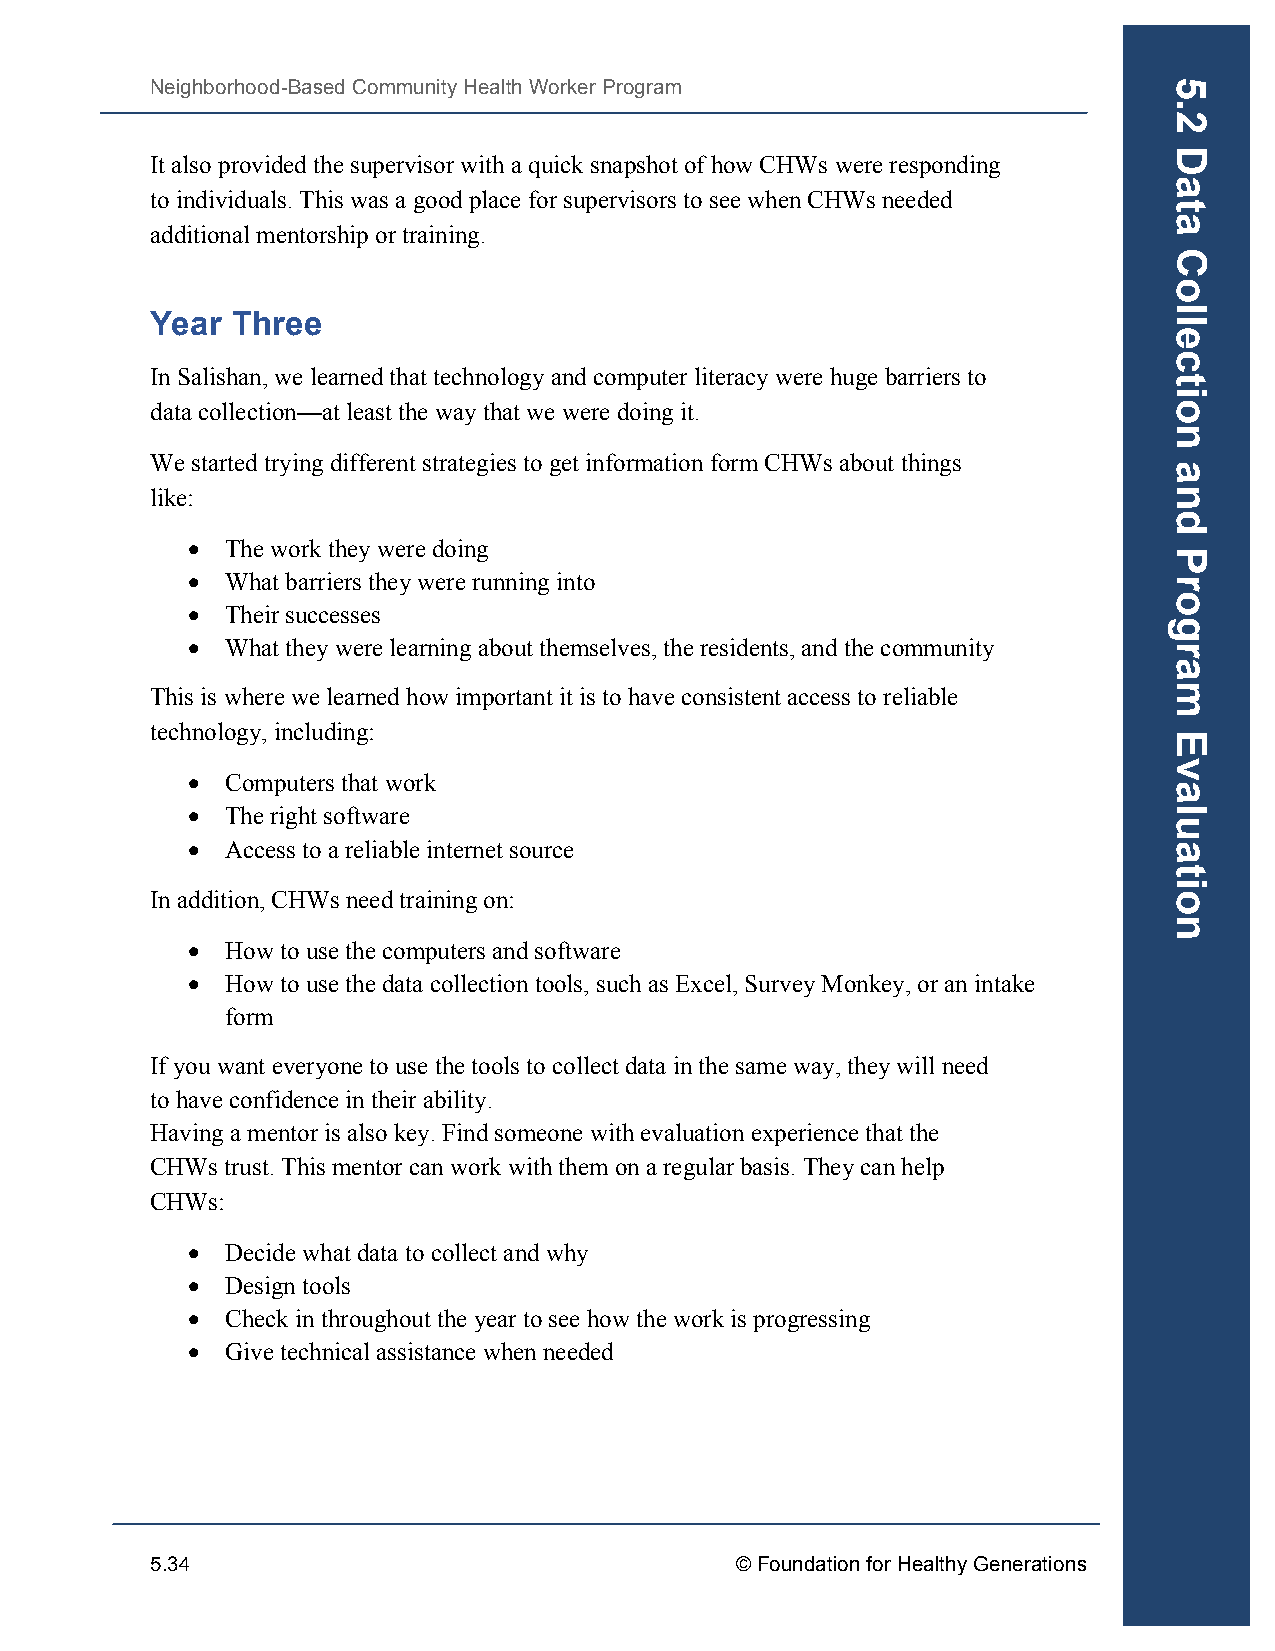
Neighborhood-Based Community Health Worker Program
 It also provided the supervisor with a quick snapshot of how CHWs were responding
 to individuals. This was a good place for supervisors to see when CHWs needed
 additional mentorship or training.
 Year Three
 In Salishan, we learned that technology and computer literacy were huge barriers to
 data collection—at least the way that we were doing it.
 We started trying different strategies to get information form CHWs about things
 like:
 •  The work they were doing
 •  What barriers they were running into
 •  Their successes
 •  What they were learning about themselves, the residents, and the community
 This is where we learned how important it is to have consistent access to reliable
 technology, including:
 •  Computers that work
 •  The right software
 •  Access to a reliable internet source
 In addition, CHWs need training on:
 •  How to use the computers and software
 •  How to use the data collection tools, such as Excel, Survey Monkey, or an intake
 form
 If you want everyone to use the tools to collect data in the same way, they will need
 to have confidence in their ability.
 Having a mentor is also key. Find someone with evaluation experience that the
 CHWs trust. This mentor can work with them on a regular basis. They can help
 CHWs:
 •  Decide what data to collect and why
 •  Design tools
 •  Check in throughout the year to see how the work is progressing
 •  Give technical assistance when needed
 5.34                                   © Foundation for Healthy Generations
 5.2
 Data
 Collection
 and
 Program
 Evaluation